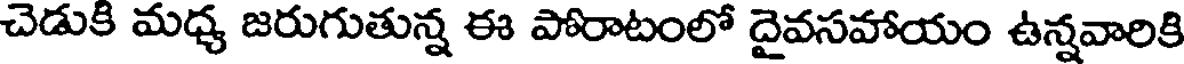
చెడుకి మధ్య జరుగుతున్న ఈ పోరాటంలో దైవసవాయం ఉన్నవారికి